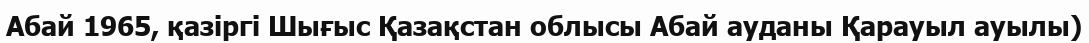
Абай 1965, қазіргі Шығыс Қазақстан облысы Абай ауданы Қарауыл ауылы)